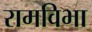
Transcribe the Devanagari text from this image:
रामविभा